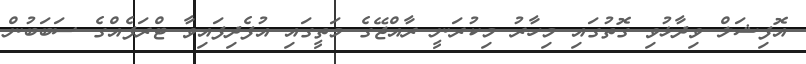
އޮފިޝަލް ވިދާޅުވި ގޮތުގައި މިހާރު މިކުރަނީ ރާއްޖޭގެ މަތީގައި އުފެދިފައިވާ ޓްރަފެއްގެ ސަބަބުން